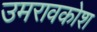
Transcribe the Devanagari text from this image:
उमरावकोश